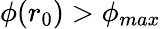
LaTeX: \phi(r_{0})>\phi_{max}